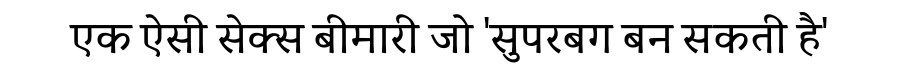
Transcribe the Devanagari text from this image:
एक ऐसी सेक्स बीमारी जो 'सुपरबग बन सकती है'